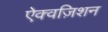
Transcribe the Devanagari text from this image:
ऐक्वज़िशन